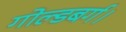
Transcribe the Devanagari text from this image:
गोल्डबर्ग।